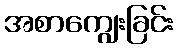
အစာကျွေးခြင်း